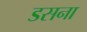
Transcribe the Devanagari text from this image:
डसना